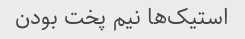
استیک‌ها نیم پخت بودن